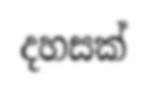
දහසක්